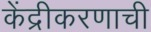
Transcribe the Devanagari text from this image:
केंद्रीकरणाची